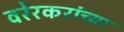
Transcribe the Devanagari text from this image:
वरेरकरांच्या